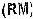
(RM)